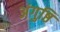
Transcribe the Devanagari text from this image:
अंगुष्ठि